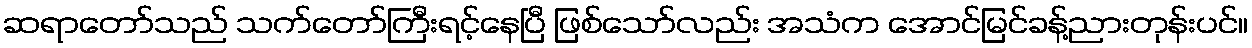
ဆရာတော်သည် သက်တော်ကြီးရင့်နေပြီ ဖြစ်သော်လည်း အသံက အောင်မြင်ခန့်ညားတုန်းပင်။